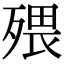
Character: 㱬